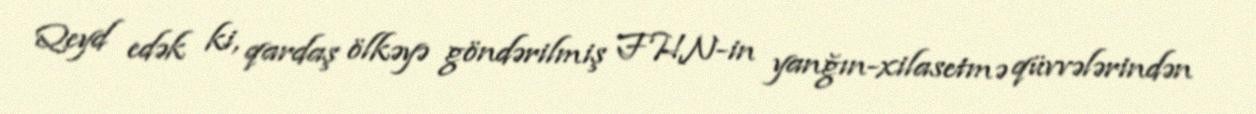
Qeyd edək ki, qardaş ölkəyə göndərilmiş FHN-in yanğın-xilasetmə qüvvələrindən